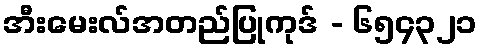
အီးမေးလ်အတည်ပြုကုဒ် - ၆၅၄၃၂၁